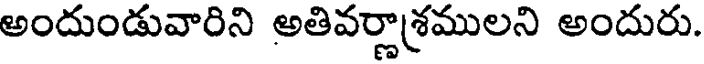
అందుండువారిని అతివర్ణాశ్రములని అందురు.